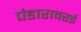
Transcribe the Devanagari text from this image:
पंडारावरई